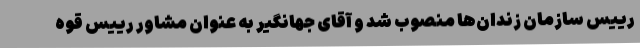
رییس سازمان زندان‌ها منصوب شد و آقای جهانگیر به عنوان مشاور رییس قوه